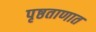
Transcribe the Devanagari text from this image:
पृष्ठताणात